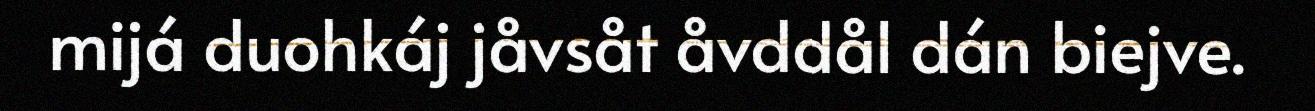
mijá duohkáj jåvsåt åvddål dán biejve.